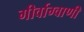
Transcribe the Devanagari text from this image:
गीर्वाग्वाणी